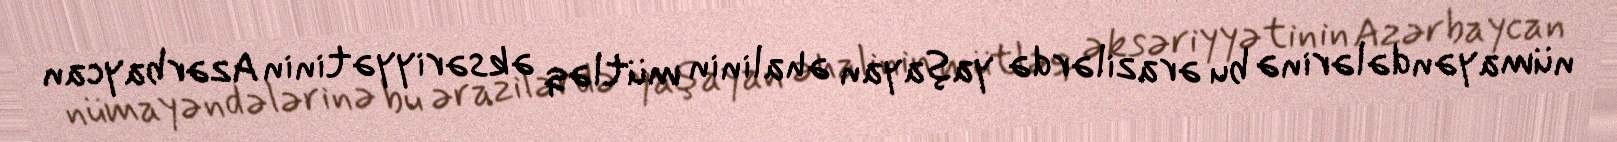
nümayəndələrinə bu ərazilərdə yaşayan əhalinin mütləq əksəriyyətinin Azərbaycan